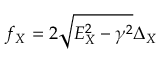
f _ { X } = 2 \sqrt { E _ { X } ^ { 2 } - \gamma ^ { 2 } } \Delta _ { X }